Document type: Grant
Year: 1232
Scribe: Berenguer de Clos
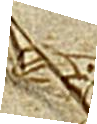
Sig